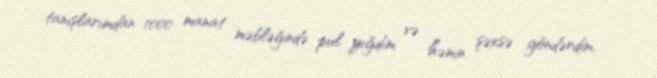
tanışlarımdan 1000 manat məbləğində pul yığdım və həmin şəxsə göndərdim.